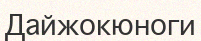
Дайжокюноги